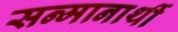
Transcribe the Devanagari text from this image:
सन्मानार्थी